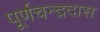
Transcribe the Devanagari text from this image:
पूर्णचन्द्रदास